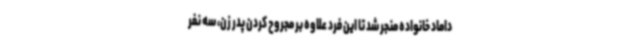
داماد خانواده منجر شد تا این فرد علاوه بر مجروح کردن پدر زن، سه نفر